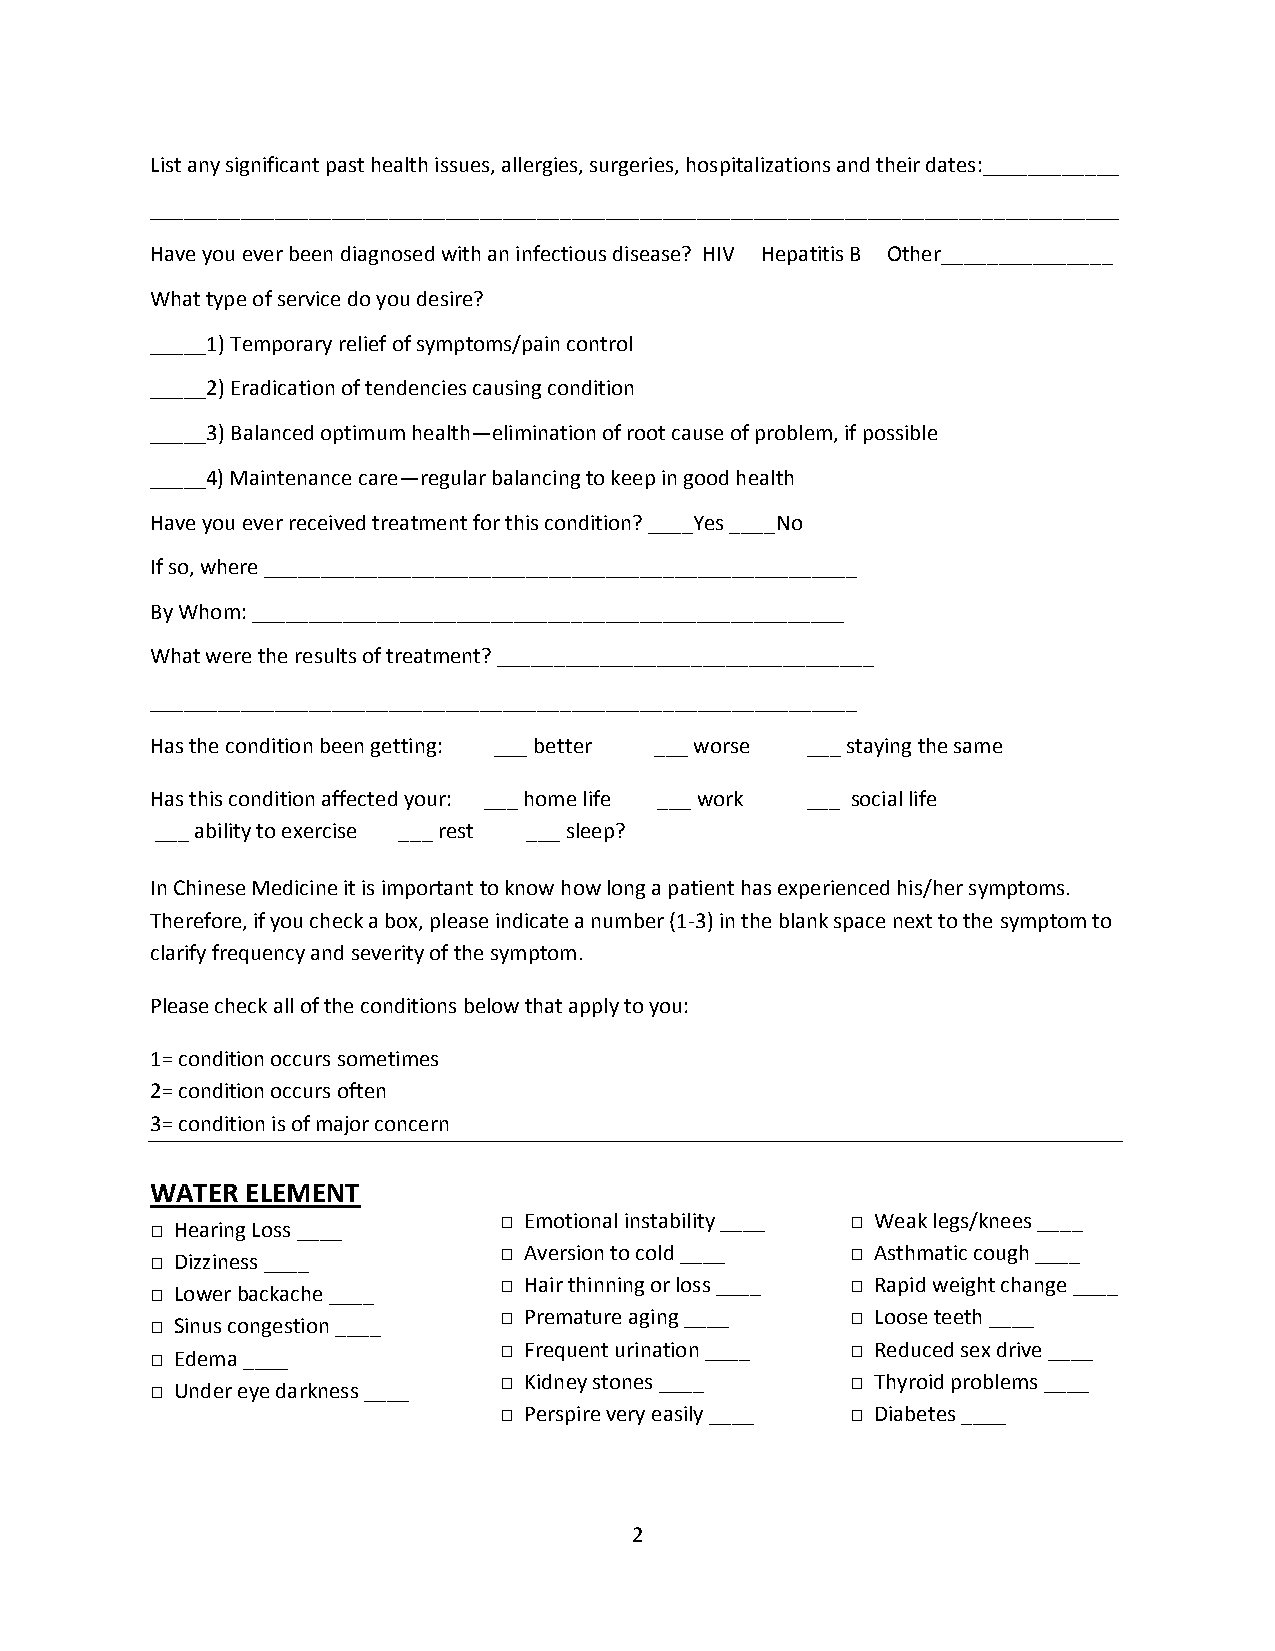
List any significant past health issues, allergies, surgeries, hospitalizations and their dates:____________
 _____________________________________________________________________________________
 Have you ever been diagnosed with an infectious disease? HIV Hepatitis B Other_______________
 What type of service do you desire?
 _____1) Temporary relief of symptoms/pain control
 _____2) Eradication of tendencies causing condition
 _____3) Balanced optimum health—elimination of root cause of problem, if possible
 _____4) Maintenance care—regular balancing to keep in good health
 Have you ever received treatment for this condition? ____Yes ____No
 If so, where ____________________________________________________
 By Whom: ____________________________________________________
 What were the results of treatment? _________________________________
 ______________________________________________________________
 Has the condition been getting: ___ better ___ worse ___ staying the same
 Has this condition affected your: ___ home life ___ work ___ social life
 ___ ability to exercise ___ rest ___ sleep?
 In Chinese Medicine it is important to know how long a patient has experienced his/her symptoms.
 Therefore, if you check a box, please indicate a number (1-3) in the blank space next to the symptom to
 clarify frequency and severity of the symptom.
 Please check all of the conditions below that apply to you:
 1= condition occurs sometimes
 2= condition occurs often
 3= condition is of major concern
 WATER ELEMENT
 □ Emotional instability ____ □ Weak legs/knees ____
 □ Hearing Loss ____
 □ Aversion to cold ____ □ Asthmatic cough ____
 □ Dizziness ____
 □ Hair thinning or loss ____ □ Rapid weight change ____
 □ Lower backache ____
 □ Premature aging ____ □ Loose teeth ____
 □ Sinus congestion ____
 □ Frequent urination ____ □ Reduced sex drive ____
 □ Edema ____
 □ Kidney stones ____   □ Thyroid problems ____
 □ Under eye darkness ____
 □ Perspire very easily ____ □ Diabetes ____
 2